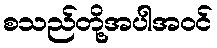
စသည်တို့အပါအဝင်